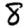
Digit: 8